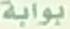
بوابة